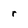
Character: r